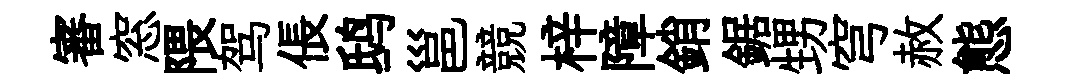
審窓隈驾倀鸱邕競梓障銷鋸甥穹赦態